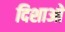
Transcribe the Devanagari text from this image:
दिशाआें